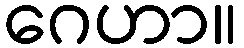
ဂေဟာ။